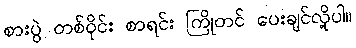
စားပွဲ တစ်ဝိုင်း စာရင်း ကြိုတင် ပေးချင်လို့ပါ။